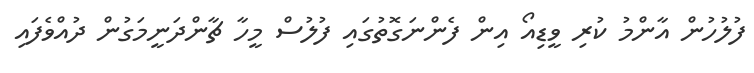
ފުލުހުން އާންމު ކުރި ވީޑިއޯ އިން ފެންނަގޮތުގައި ފުލުސް މީހާ ޗާންދަނީމަގުން ދުއްވެފައި